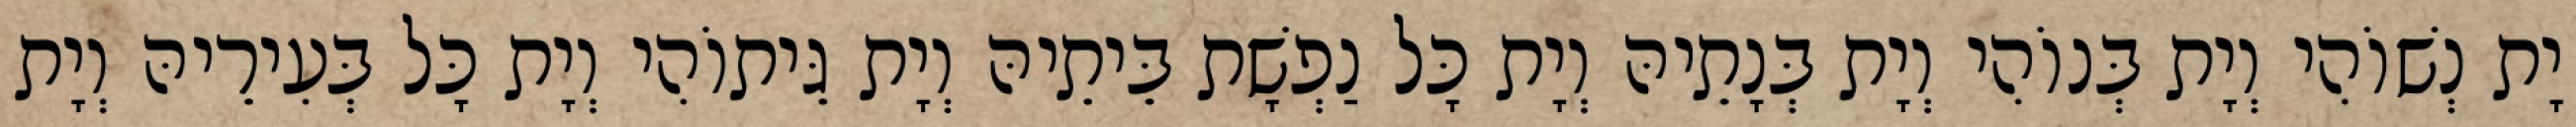
יָת נְשׁוֹהִי וְיָת בְּנוֹהִי וְיָת בְּנָתֵיהּ וְיָת כָּל נַפְשָׁת בֵּיתֵיהּ וְיָת גֵּיתוֹהִי וְיָת כָּל בְּעִירֵיהּ וְיָת